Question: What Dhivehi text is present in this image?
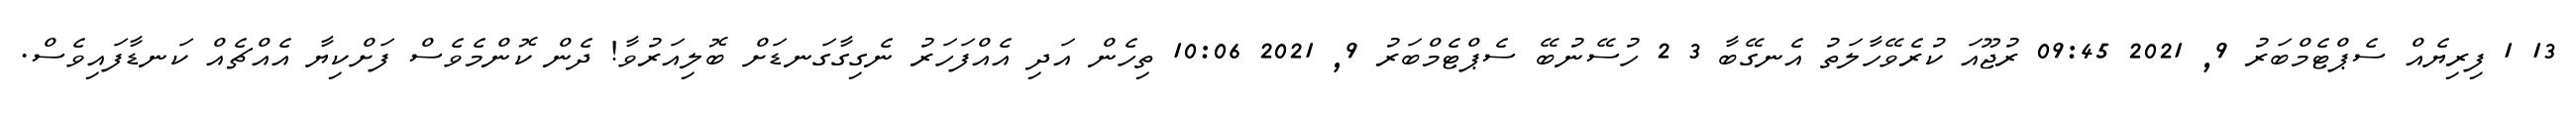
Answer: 13 1 ފިރިޔެއް ސެޕްޓެމްބަރު 9, 2021 09:45 ރުޖޫއަ ކުރެވޭހާލަތު އެނގޭބާ 3 2 ހުސޭނުބޭ ސެޕްޓެމްބަރު 9, 2021 10:06 ތިހެން އަދި އެއްފަހަރު ނެގިގާގަނޑަށް ބޮލިއަރުވާ! ދެން ކޮންމެވެސް ފަށްކިޔާ އެއްޗެއް ކަނޑާފައިވެސް.